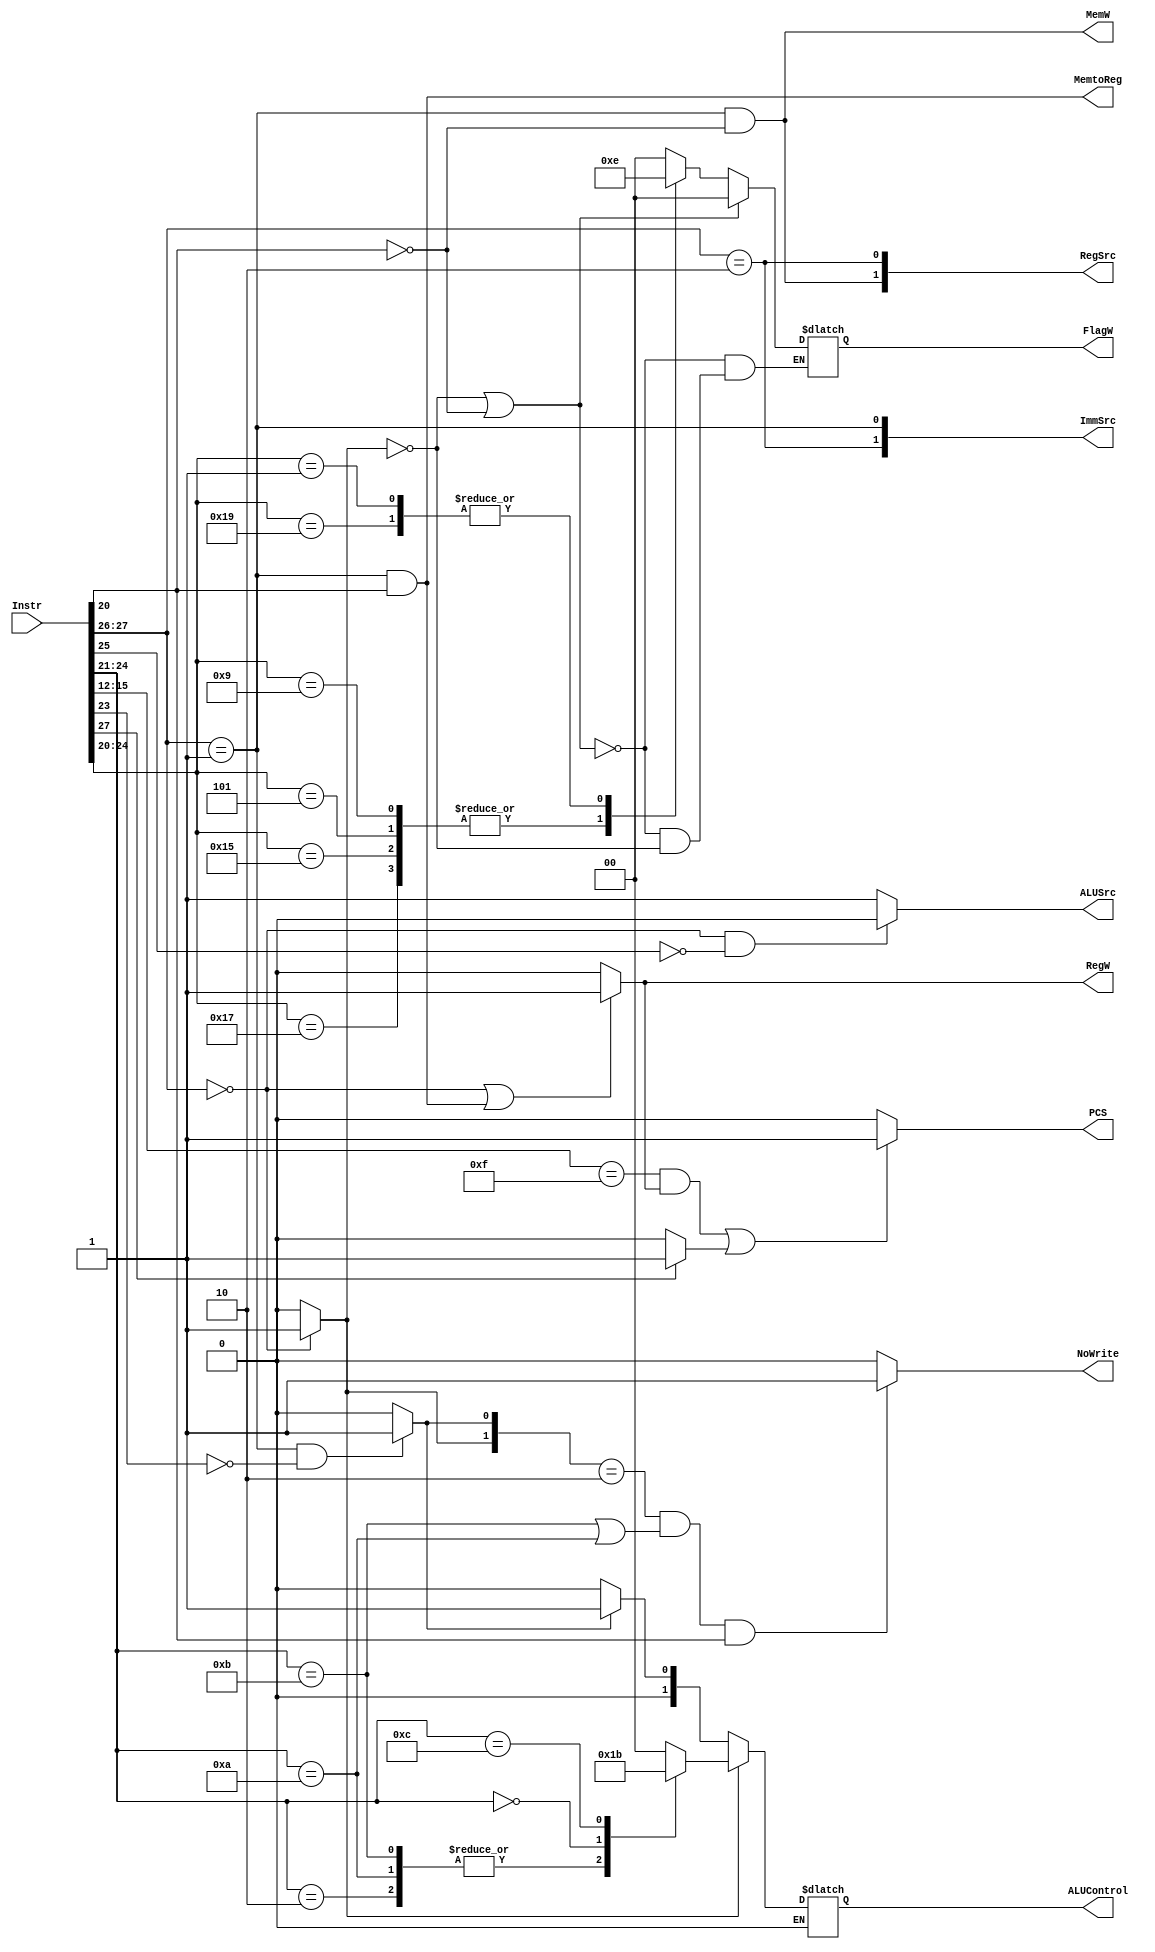
module Decoder(
    input [31:0] Instr,
	
    output PCS,
    output RegW, //
    output MemW, //
    output MemtoReg,//
    output ALUSrc,//
    output [1:0] ImmSrc,//
    output [1:0] RegSrc,//
    output NoWrite,
    output reg [1:0] ALUControl,//
    output reg [1:0] FlagW//
    ); 
    
    reg [1:0]ALUOp ; 
    reg Branch ;
   
    //Instr[23] functu- u=0 + u= 1,ALUOp0-    1+
   
  
    assign RegW = ((Instr[27:26]==2'b00) ||(Instr[27:26]==2'b01 && Instr[20]==1'b1 )) ? 1'b1: 1'b0;
    assign MemW = (Instr[27:26]==2'b01 && Instr[20]==1'b0);
    assign MemtoReg = (Instr[27:26]==2'b01 && Instr[20]==1'b1);
    assign ALUSrc = (Instr[27:26]==2'b00 && Instr[25]==1'b0) ? 1'b0: 1'b1;
    assign ImmSrc[1] = (Instr[27:26]==2'b10);
    assign ImmSrc[0] = (Instr[27:26]==2'b01);
    assign RegSrc[1] = (Instr[27:26]==2'b01 && Instr[20]==1'b0);
    assign RegSrc[0] = (Instr[27:26]==2'b10);
    
    
    // assign NoWrite = (ALUOp[27:26]==2'b11 && (Instr[24:21]==4'b1011 || Instr[24:21]==4'b1010) && Instr[20]) ? 1'b1 : 1'b0;
    assign NoWrite = (ALUOp ==2'b10 && (Instr[24:21]==4'b1011 || Instr[24:21]==4'b1010) && Instr[20]) ? 1'b1 : 1'b0;

    always@(*) begin
        if(Instr[27]==1) begin
            Branch = 1'b1;
        end
        else begin
            Branch = 1'b0;
        end
    end
   // ALUOpDFDF 0- 1+
    always@(*) begin
        if(Instr[27:26] == 2'b00) begin
            ALUOp[1] = 1'b1;
        end
        else begin 
            ALUOp[1] = 1'b0;
        end

        if(Instr[27:26] == 2'b01 && !Instr[23]) begin
            ALUOp[0] = 1'b1;
        end
        else begin 
            ALUOp[0] = 1'b0;
        end
         
    end
    
    // always@(*) begin
    //     if(Instr[27:26] == 2'b00) begin
    //         ALUOp = 2'b11;
    //     end
    //     else if(Instr[27:26] == 2'b01 && !Instr[23]) begin
    //         ALUOp = 2'b01;
    //     end
    //     else begin 
    //         ALUOp = 2'b00;
    //     end
    // end
    
    //PC Logic
    assign PCS = ((Instr[15:12] == 4'b1111 && RegW) || (Branch == 1'b1 )) ? 1'b1 : 1'b0;
    //ALUDecoder
    always@(*) begin
        if(ALUOp[1]==1'b1) begin
            case(Instr[24:21])
                4'b0100:
                    ALUControl = 2'b00;
                4'b0010,4'b1010,4'b1011:
                    ALUControl = 2'b01;
                4'b0000:
                    ALUControl = 2'b10;
                4'b1100:
                    ALUControl = 2'b11;
                default:
                    ALUControl = 2'b00;
            endcase
        end
        else if (ALUOp[1] == 1'b0) begin
            if (ALUOp[0] == 1'b0) begin
                ALUControl = 2'b00;
            end
            else if (ALUOp[0] == 1'b1) begin
                ALUControl = 2'b01;
            end
        end
    end
    
    always@(*) begin 
        if(ALUOp[1] == 1'b0 || Instr[20] == 1'b0) begin
            FlagW = 2'b00;
        end
        else if (ALUOp[1] == 1'b1) begin
            case(Instr[24:20])
                5'b01001,5'b00101,5'b10101,5'b10111: FlagW = 2'b11;
                5'b00001,5'b11001: FlagW = 2'b10;
            default:  FlagW = 2'b00;
            endcase  
        end
    end
   
endmodule